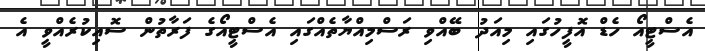
އެސްޓީއޯ ހެޑް އޮފީހުގައި މިއަދު ބޭއްވި ރަސްމިއްޔާތެއްގައި އެސްޓީއޯގެ ފަރާތުން ސޮއިކުރެއްވީ އެ